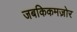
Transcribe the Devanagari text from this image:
जबकिकमज़ोर